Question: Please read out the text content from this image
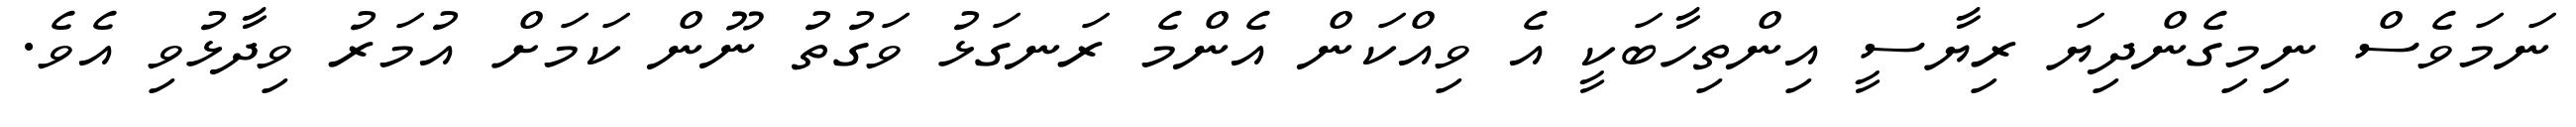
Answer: ނަމަވެސް ނިމިގެންދިޔަ ރިޔާސީ އިންތިހާބަކީ އެ ވިއްކަން އެންމެ ރަނގަޅު ވަގުތު ނޫން ކަމަށް އުމަރު ވިދާޅުވި އެވެ.